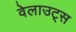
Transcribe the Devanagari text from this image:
वेलाउट्स